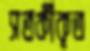
সতর্কীকৃত